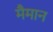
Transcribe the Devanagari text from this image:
मैमान